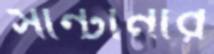
সান্টানার